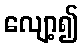
လျော့၍